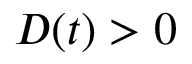
D ( t ) > 0